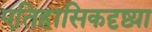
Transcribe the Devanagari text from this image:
एतिहासिकदृष्ट्या